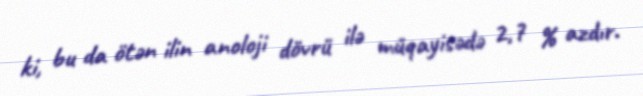
ki, bu da ötən ilin anoloji dövrü ilə müqayisədə 2,7 % azdır.